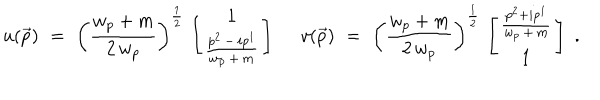
u ( \vec { p } ) \, \, = \, \, \left( \frac { w _ { p } + m } { 2 \, w _ { p } } \right) ^ { \frac { 1 } { 2 } } \, \left[ \begin{array} { c } { { 1 } } \\ { { \frac { p ^ { 2 } \, - \, i p ^ { 1 } } { w _ { p } \, + \, m } } } \\ \end{array} \right] \, \, \quad v ( \vec { p } ) \, \, = \, \, \left( \frac { w _ { p } + m } { 2 \, w _ { p } } \right) ^ { \frac { 1 } { 2 } } \, \left[ \begin{array} { c } { { \frac { p ^ { 2 } + i p ^ { 1 } } { w _ { p } \, + \, m } } } \\ { { 1 } } \\ \end{array} \right] \, \, .